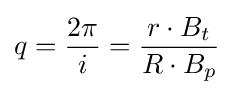
q={\frac {2\pi }{i}}={\frac {r\cdot B_{t}}{R\cdot B_{p}}}